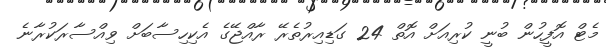
މެޓް އޮފީހުން ބުނީ ކުރިއަށް އޮތް 24 ގަޑިއިރުތެރޭ ރާއްޖޭގެ އެކިހިސާބަށް ވިއްސާރަކުރާނެ